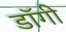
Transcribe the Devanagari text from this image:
डॉगी